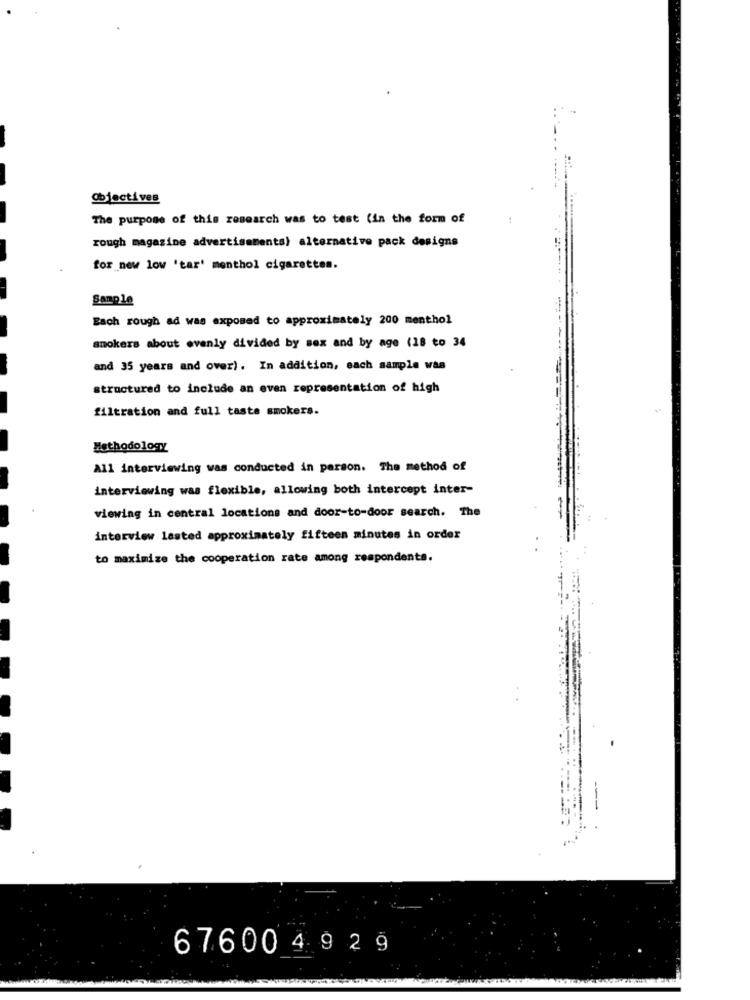
Objectives
The purpose of this research was to test (in the form of
rough magazine advertisements) alternative pack designs
for new low 'tar' menthol cigarettes.
Sample
Each rough ad was exposed to approximately 200 menthol
smokers about evenly divided by sex and by age (18 to 34
and 35 years and over). In addition, each sample was
structured to include an even representation of high
filtration and full taste smokers.
Methodology
All interviewing was conducted in person. The method of
interviewing was flexible, allowing both intercept inter-
viewing in central locations and door-to-door search. The
interview lasted approximately fifteen minutes in order
to maximize the cooperation rate among respondents.
676004 9 29